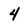
Character: 4